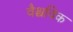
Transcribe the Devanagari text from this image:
वैश्चविक